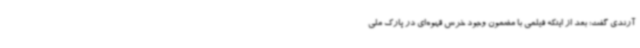
آرندی گفت: بعد از اینکه فیلمی با مضمون وجود خرس قهوه‌ای در پارک ملی